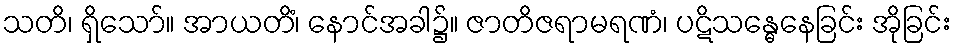
သတိ၊ ရှိသော်။ အာယတိံ၊ နောင်အခါ၌။ ဇာတိဇရာမရဏံ၊ ပဋိသန္ဓေနေခြင်း အိုခြင်း